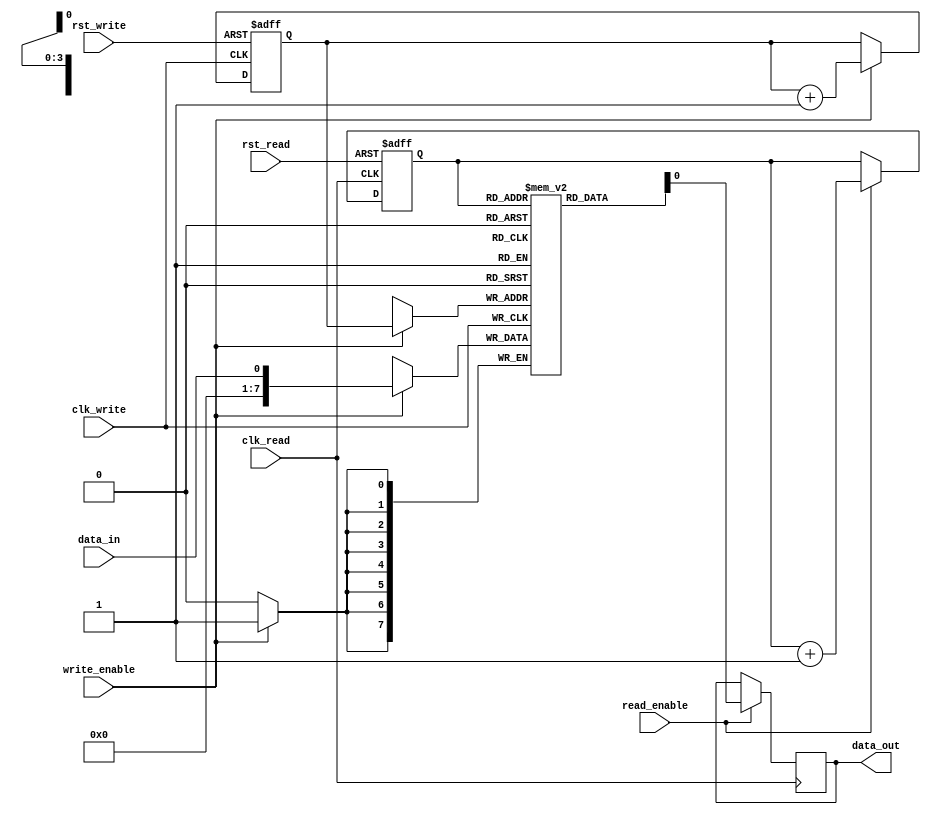
module Asynchronous_FIFO (
    input wire clk_write,
    input wire rst_write,
    input wire data_in,
    input wire write_enable,
    input wire clk_read,
    input wire rst_read,
    output reg data_out,
    input wire read_enable
);

reg [7:0] memory [15:0];
reg [3:0] write_ptr;
reg [3:0] read_ptr;

always @(posedge clk_write or posedge rst_write)
begin
    if (rst_write)
        write_ptr <= 4'b0000;
    else if (write_enable)
        write_ptr <= write_ptr + 1;
end

always @(posedge clk_read or posedge rst_read)
begin
    if (rst_read)
        read_ptr <= 4'b0000;
    else if (read_enable)
        read_ptr <= read_ptr + 1;
end

always @(posedge clk_write)
begin
    if (write_enable)
        memory[write_ptr] <= data_in;
end

always @(posedge clk_read)
begin
    if (read_enable)
        data_out <= memory[read_ptr];
end

endmodule